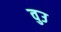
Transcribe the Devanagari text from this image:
वुउ